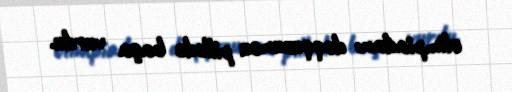
olimpiadanı doqquzuncu pillədə başa vurdu.